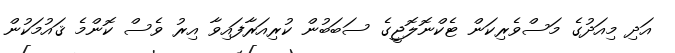
އަދި މިއަދުގެ މަސްވެރިކަން ޓެކްނޮލޮޖީގެ ސަބަބުން ކުރިއަރާފައިވާ އިރު ވެސް ކޮންމެ ޤައުމަކުން